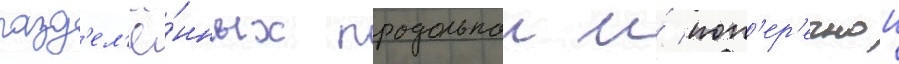
разд'ел'ё́нных продольнои и́ поп'ер'ечнои